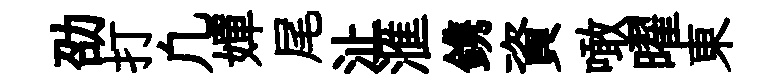
劭打凢嬋尾沚滙鎸資噉曜東